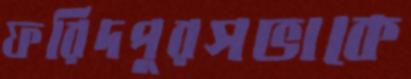
ফরিদপুরসভাকে